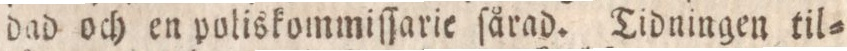
dad och en poliskommiſſarie ſårad. Tidningen til=